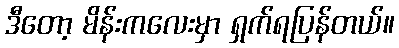
ဒီတော့ မိန်းကလေးမှာ ရှက်ရပြန်တယ်။